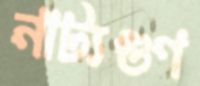
নাট্যগুণ